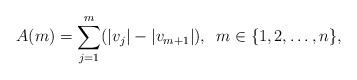
LaTeX: \begin{align*}A(m) = \sum_{j=1}^m (|v_j|-|v_{m+1}|), \,\,\, m\in\{1,2,\ldots,n\},\end{align*}